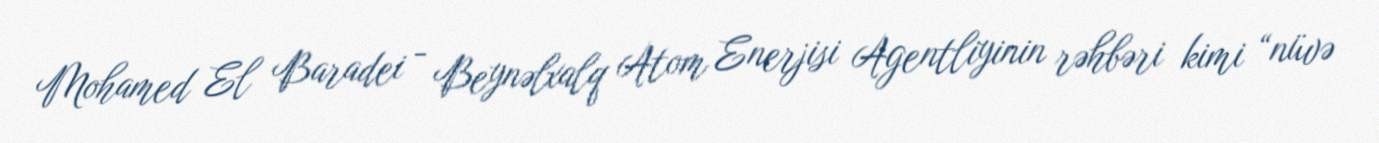
Mohamed El Baradei - Beynəlxalq Atom Enerjisi Agentliyinin rəhbəri kimi “nüvə